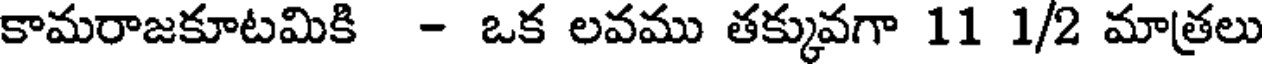
కామరాజకూటమికి - ఒక లవము తక్కువగా 11 1/2 మాత్రలు